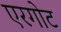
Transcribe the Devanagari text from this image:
एरगोट